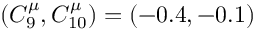
( C _ { 9 } ^ { \mu } , C _ { 1 0 } ^ { \mu } ) = ( - 0 . 4 , - 0 . 1 )